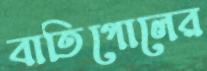
বাতিগোলের